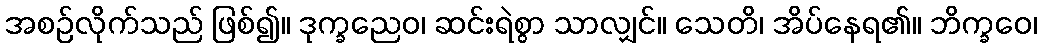
အစဉ်လိုက်သည် ဖြစ်၍။ ဒုက္ခညေဝ၊ ဆင်းရဲစွာ သာလျှင်။ သေတိ၊ အိပ်နေရ၏။ ဘိက္ခဝေ၊